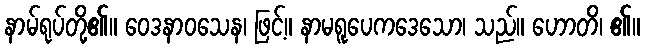
နာမ်ရုပ်တို့၏။ ဝေဒနာဝသေန၊ ဖြင့်။ နာမရူပေကဒေသော၊ သည်။ ဟောတိ၊ ၏။